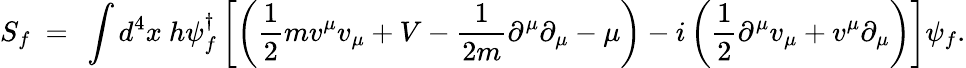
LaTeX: S_{f}~=~\int d^{4}x~h\psi_{f}^{\dagger}\left[\left(\frac{1}{2}mv^{\mu}v_{\mu}+V-\frac{1}{2m}\partial^{\mu}\partial_{\mu}-\mu\right)-i\left(\frac{1}{2}\partial^{\mu}v_{\mu}+v^{\mu}\partial_{\mu}\right)\right]\psi_{f}.